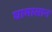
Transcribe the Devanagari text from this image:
घामासान